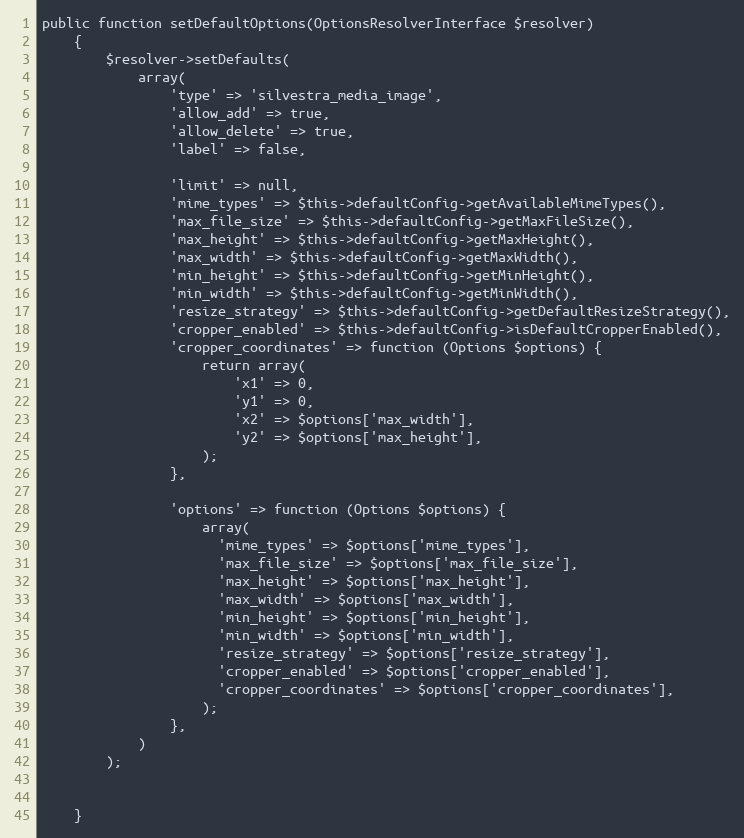
Language: PHP
public function setDefaultOptions(OptionsResolverInterface $resolver)
    {
        $resolver->setDefaults(
            array(
                'type' => 'silvestra_media_image',
                'allow_add' => true,
                'allow_delete' => true,
                'label' => false,

                'limit' => null,
                'mime_types' => $this->defaultConfig->getAvailableMimeTypes(),
                'max_file_size' => $this->defaultConfig->getMaxFileSize(),
                'max_height' => $this->defaultConfig->getMaxHeight(),
                'max_width' => $this->defaultConfig->getMaxWidth(),
                'min_height' => $this->defaultConfig->getMinHeight(),
                'min_width' => $this->defaultConfig->getMinWidth(),
                'resize_strategy' => $this->defaultConfig->getDefaultResizeStrategy(),
                'cropper_enabled' => $this->defaultConfig->isDefaultCropperEnabled(),
                'cropper_coordinates' => function (Options $options) {
                    return array(
                        'x1' => 0,
                        'y1' => 0,
                        'x2' => $options['max_width'],
                        'y2' => $options['max_height'],
                    );
                },

                'options' => function (Options $options) {
                    array(
                      'mime_types' => $options['mime_types'],
                      'max_file_size' => $options['max_file_size'],
                      'max_height' => $options['max_height'],
                      'max_width' => $options['max_width'],
                      'min_height' => $options['min_height'],
                      'min_width' => $options['min_width'],
                      'resize_strategy' => $options['resize_strategy'],
                      'cropper_enabled' => $options['cropper_enabled'],
                      'cropper_coordinates' => $options['cropper_coordinates'],
                    );
                },
            )
        );

    }